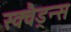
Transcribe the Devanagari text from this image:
स्क्वैड्रन्स